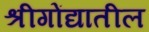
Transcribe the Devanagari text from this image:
श्रीगोंद्यातील